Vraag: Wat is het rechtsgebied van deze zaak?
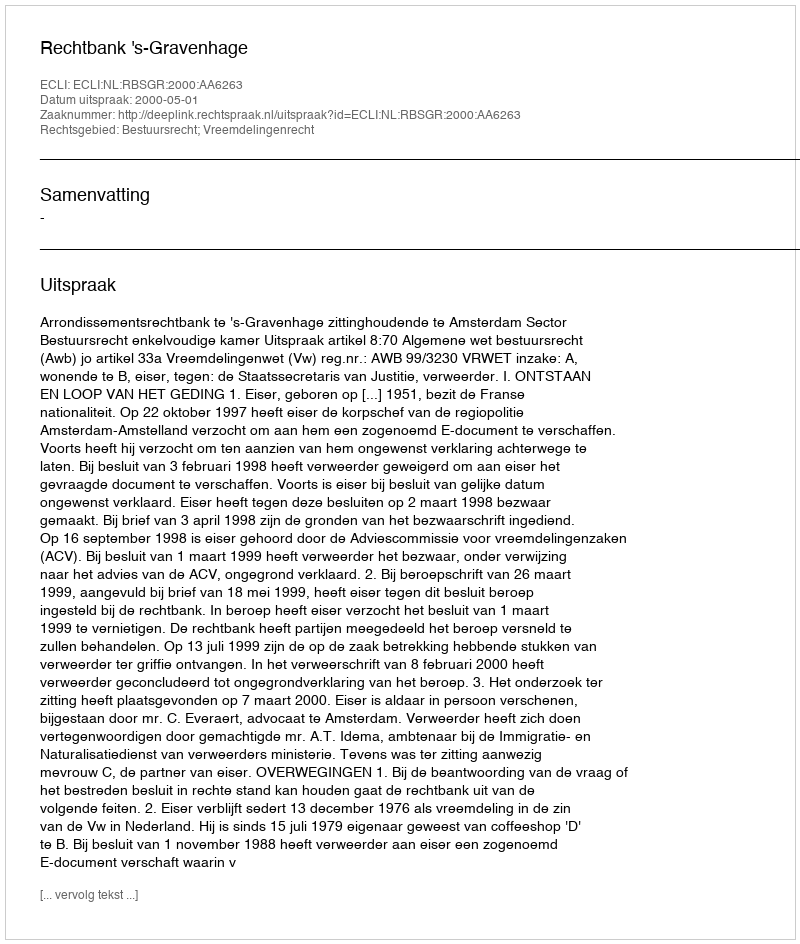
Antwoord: Bestuursrecht; Vreemdelingenrecht